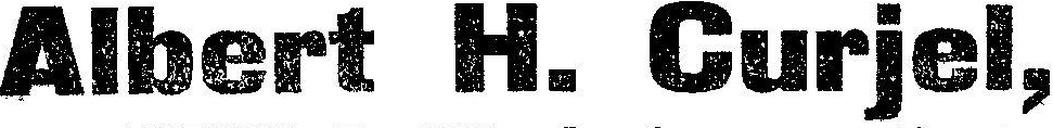
Albert H. Curjel,